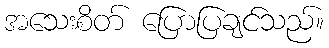
အသေးစိတ် ပြောပြချင်သည်။